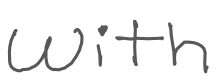
Text: with
Cross-out: clean
Writing tool: digital_gray